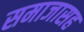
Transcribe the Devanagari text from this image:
समाजासह